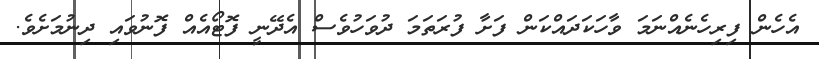
އެހެން ފިރިހެނެއްނަމަ ވާހަކަދައްކަން ފަށާ ފުރަތަމަ ދުވަހުވެސް އެދޭނީ ފޮޓޯއެއް ފޮނުވައި ދިނުމަށެވެ.